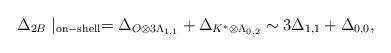
LaTeX: \begin{align*}\Delta_{2B} \mid_{\rm on-shell} = \Delta_{ O \otimes 3\Lambda_{1,1} }+\Delta_{K^\ast \otimes \Lambda_{0,2}} \sim 3\Delta_{1,1}+\Delta_{0,0},\end{align*}